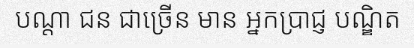
បណ្តា ជន ជាច្រើន មាន អ្នកប្រាជ្ញ បណ្ឌិត